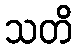
သတိ